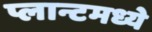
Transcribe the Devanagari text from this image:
प्लान्टमध्ये